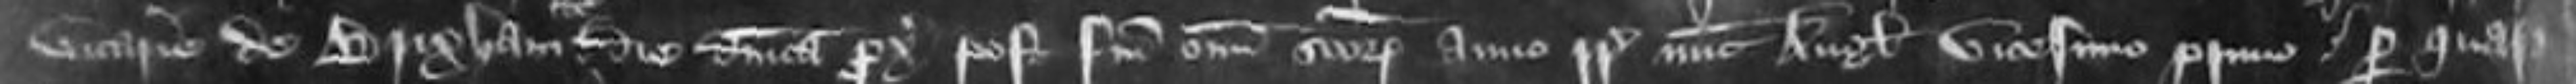
vicarie de Brixham etc die Domitia proximo post festum omnium sanctorum anno regni Regis nunc Anglie vicesimo primo Per quas